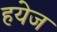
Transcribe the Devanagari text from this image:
हयेज